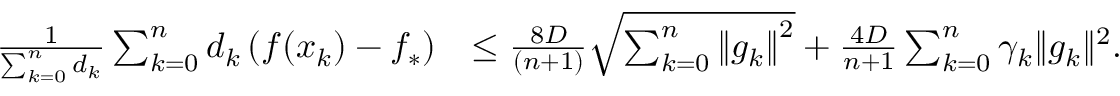
\begin{array} { r l } { \frac { 1 } { \sum _ { k = 0 } ^ { n } d _ { k } } \sum _ { k = 0 } ^ { n } d _ { k } \left( f ( x _ { k } ) - f _ { * } \right) } & { \leq \frac { 8 D } { ( n + 1 ) } \sqrt { \sum _ { k = 0 } ^ { n } \left\Vert g _ { k } \right\Vert ^ { 2 } } + \frac { 4 D } { n + 1 } \sum _ { k = 0 } ^ { n } \gamma _ { k } \| g _ { k } \| ^ { 2 } . } \end{array}